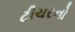
ટીચરનો